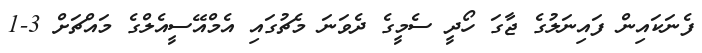
ފެނަކައިން ފައިނަލުގެ ޖާގަ ހޯދީ ސެމީގެ ދެވަނަ މެޗުގައި އެމްއޭސީއެލްގެ މައްޗަށް 3-1